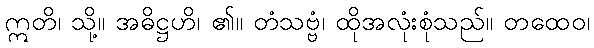
ဣတိ၊ သို့။ အဓိဋ္ဌဟိ၊ ၏။ တံသဗ္ဗံ၊ ထိုအလုံးစုံသည်။ တထေဝ၊